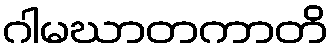
ဂါမဃာတကာတိ